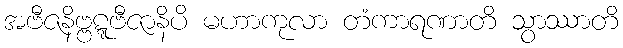
အဗီဇနိဗ္ဗဋ္ဋဗီဇာနိပိ မဟာကုလာ တံကာရဏာတိ သွာဿာတိ